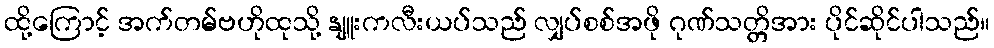
ထို့ကြောင့် အက်တမ်ဗဟိုထုသို့ နျူးကလီးယပ်သည် လျှပ်စစ်အဖို ဂုဏ်သတ္တိအား ပိုင်ဆိုင်ပါသည်။